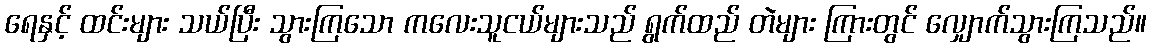
ရေနှင့် ထင်းများ သယ်ပြီး သွားကြသော ကလေးသူငယ်များသည် ရွက်ထည် တဲများ ကြားတွင် လျှောက်သွားကြသည်။